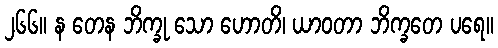
၂၆၆။ န တေန ဘိက္ခု သော ဟောတိ၊ ယာဝတာ ဘိက္ခတေ ပရေ။